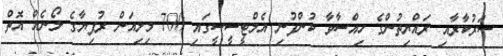
ސަރުކާރާއި ރައްޔިތުންގެ ހިއްސާވާ ކުންފުނި އެމްޓީސީސީގައި 700 މިލިއަން ރުފިޔާގެ ލޯނެއް އޮތް